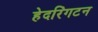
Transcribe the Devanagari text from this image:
हेदरिंगटन